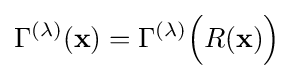
\Gamma ^{(\lambda )}(\mathbf {x} )=\Gamma ^{(\lambda )}{\Big (}R(\mathbf {x} ){\Big )}